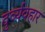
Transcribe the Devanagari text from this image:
दुर्व्‍यवहार